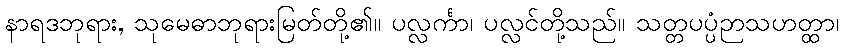
နာရဒဘုရား, သုမေဓာဘုရားမြတ်တို့၏။ ပလ္လင်္ကာ၊ ပလ္လင်တို့သည်။ သတ္တပပ္ပံဉာသဟတ္ထာ၊